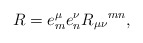
\begin{align*}R=e^{\mu}_m e^{\nu}_n R_{\mu\nu}{}^{mn},\end{align*}